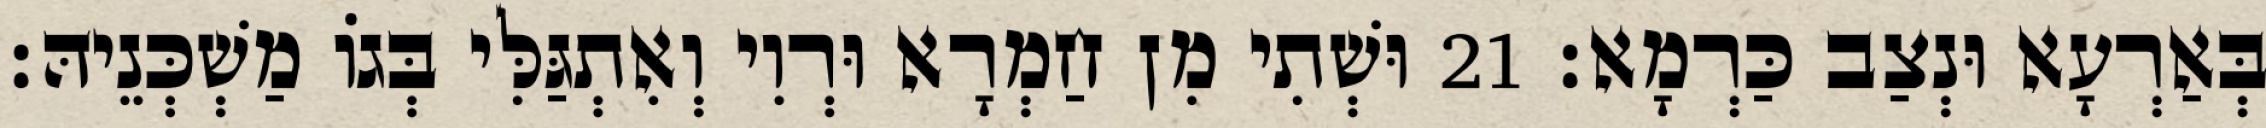
בְּאַרְעָא וּנְצַב כַּרְמָא׃ 21 וּשְׁתִי מִן חַמְרָא וּרְוִי וְאִתְגַּלִּי בְּגוֹ מַשְׁכְּנֵיהּ׃